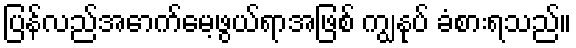
ပြန်လည်အောက်မေ့ဖွယ်ရာအဖြစ် ကျွနုပ် ခံစားရသည်။